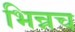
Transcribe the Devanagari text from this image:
भिन्नच